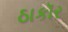
ઠાકૉર